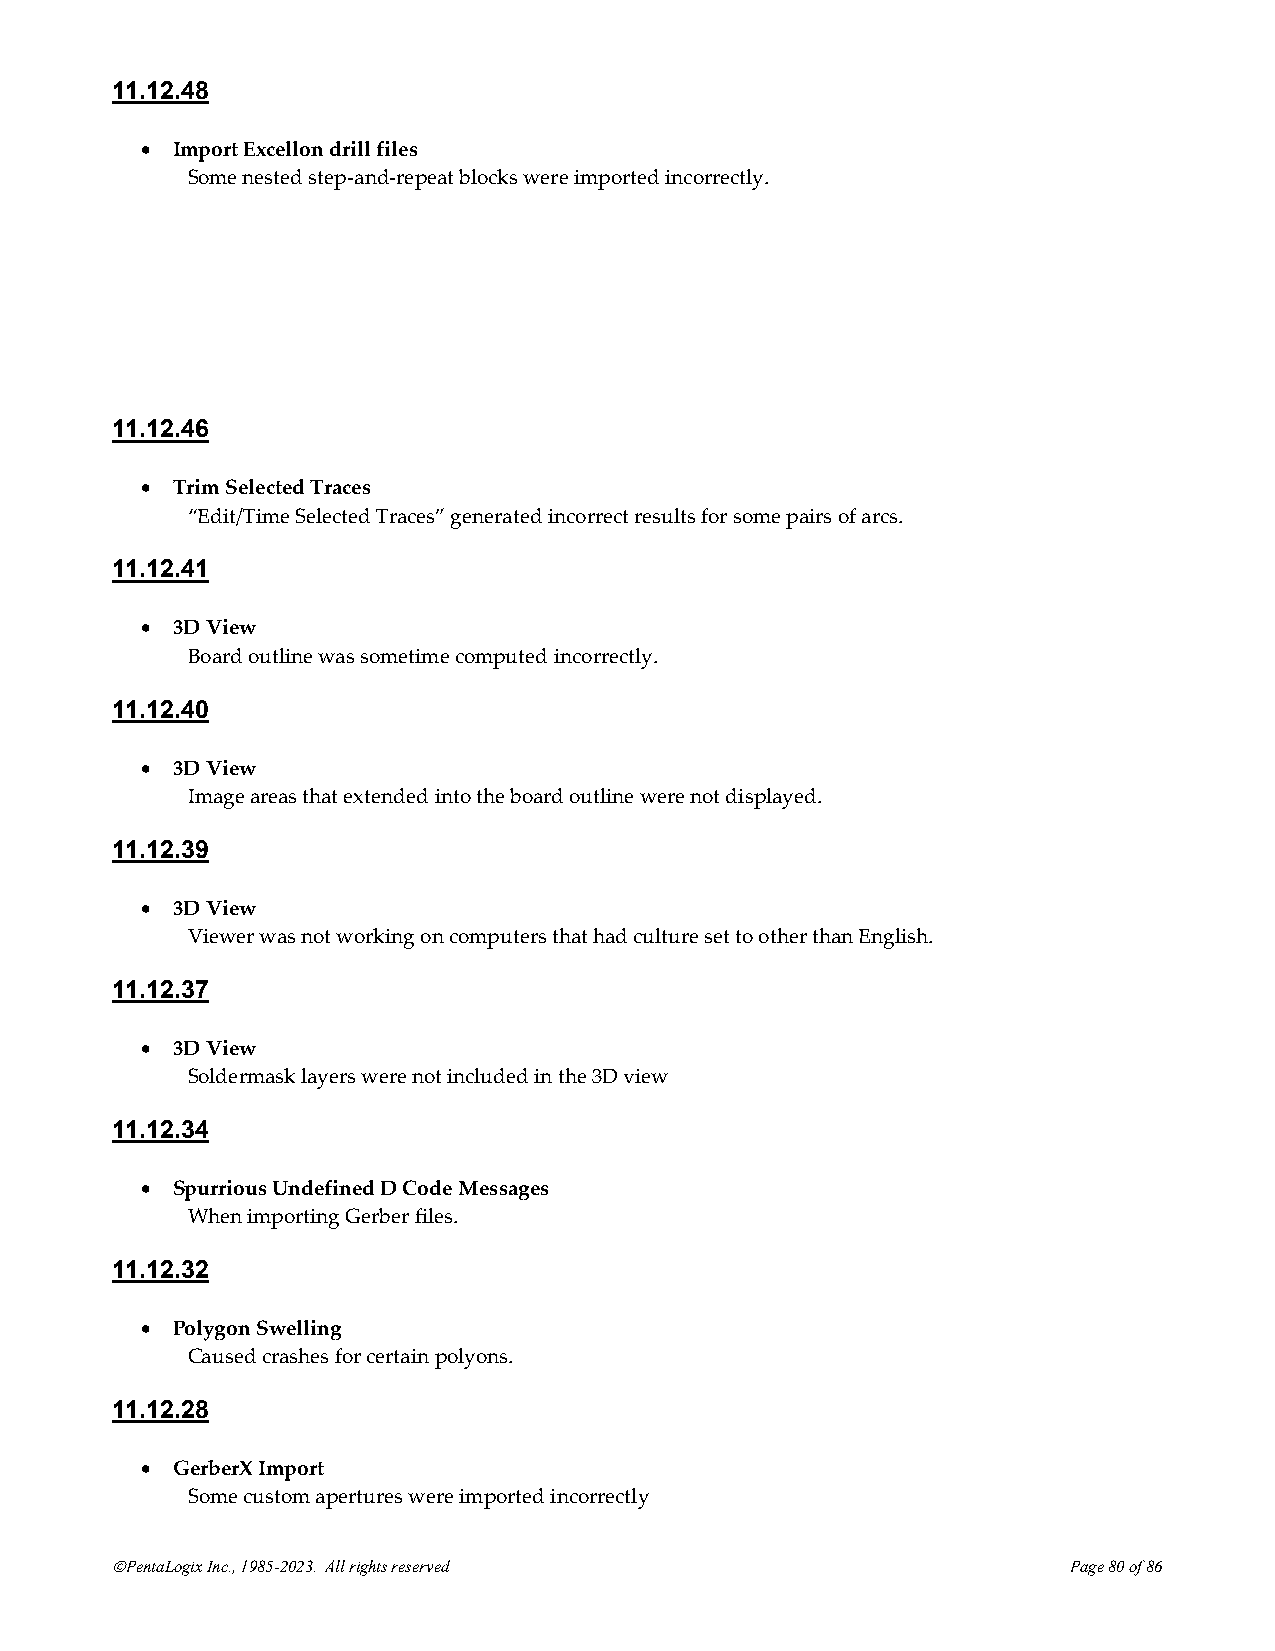
11.12.48
 • Import Excellon drill files
 Some nested step-and-repeat blocks were imported incorrectly.
 11.12.46
 • Trim Selected Traces
 “Edit/Time Selected Traces” generated incorrect results for some pairs of arcs.
 11.12.41
 • 3D View
 Board outline was sometime computed incorrectly.
 11.12.40
 • 3D View
 Image areas that extended into the board outline were not displayed.
 11.12.39
 • 3D View
 Viewer was not working on computers that had culture set to other than English.
 11.12.37
 • 3D View
 Soldermask layers were not included in the 3D view
 11.12.34
 • Spurrious Undefined D Code Messages
 When importing Gerber files.
 11.12.32
 • Polygon Swelling
 Caused crashes for certain polyons.
 11.12.28
 • GerberX Import
 Some custom apertures were imported incorrectly
 ©PentaLogix Inc., 1985-2023. All rights reserved                Page 80 of 86